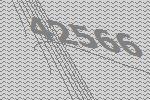
42566